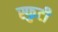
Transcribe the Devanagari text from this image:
स्फुटी